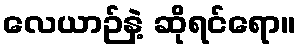
လေယာဉ်နဲ့ ဆိုရင်ရော။